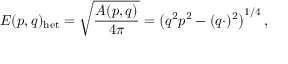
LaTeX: E ( p , q ) _ { \mathrm { h e t } } = \sqrt { \frac { A ( p , q ) } { 4 \pi } } = \left( q ^ { 2 } p ^ { 2 } - ( q \cdotp ) ^ { 2 } \right) ^ { 1 / 4 } ,